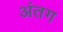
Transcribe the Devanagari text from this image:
अंतग